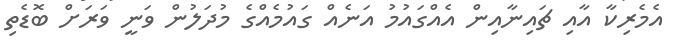
އެމެރިކާ އާއި ޗައިނާއިން އެއްގައުމު އަނެއް ގައުމެއްގެ މުދަލުން ވަނީ ވަރަށް ބޮޑެތި